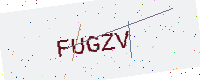
Text: FUGZV